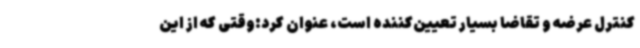
کنترل عرضه و تقاضا بسیار تعیین‌کننده است، عنوان کرد:وقتی که از این